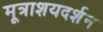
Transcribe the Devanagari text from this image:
मूत्राशयदर्शन